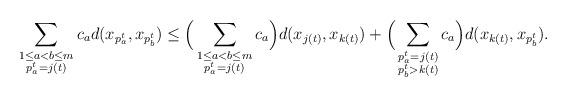
LaTeX: \begin{align*}\sum_{\substack{{1 \le a < b \le m}\\ p^t_a = j(t)}} c_ad(x_{p^t_a}, x_{p^t_b}) \le \Big(\sum_{\substack{{1 \le a < b \le m}\\ p^t_a = j(t)}} c_a\Big)d(x_{j(t)},x_{k(t)}) + \Big(\sum_{\substack{{p^t_a = j(t)}\\ p^t_b > k(t)}} c_a\Big)d(x_{k(t)},x_{p^t_b}).\end{align*}